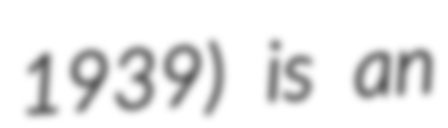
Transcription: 1939) is an